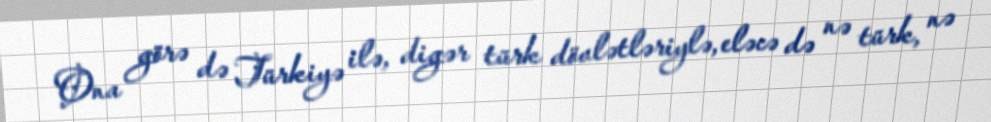
Ona görə də Türkiyə ilə, digər türk dövlətləriylə, eləcə də nə türk, nə